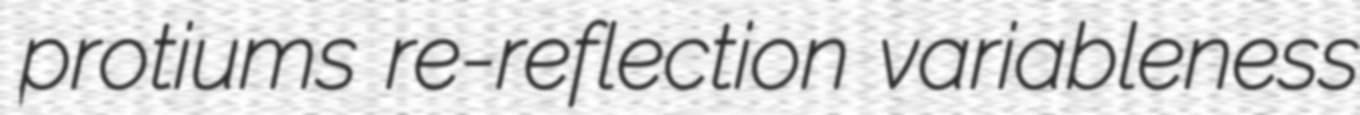
protiums re-reflection variableness